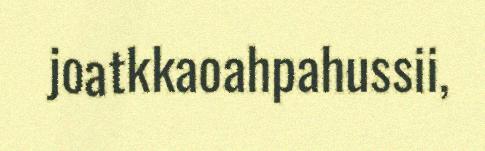
joatkkaoahpahussii,